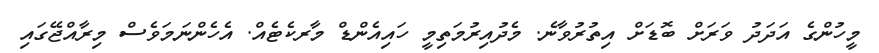
މީހުންގެ އަދަދު ވަރަށް ބޮޑަށް އިތުރުވާނެ. މެދުއިރުމަތިމީ ހައިއެންޑް މާރކެޓެއް. އެހެންނަމަވެސް މިރާއްޖޭގައި